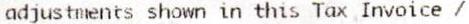
ADJUSTMENTS SHOWN IN THIS TAX INVOICE /